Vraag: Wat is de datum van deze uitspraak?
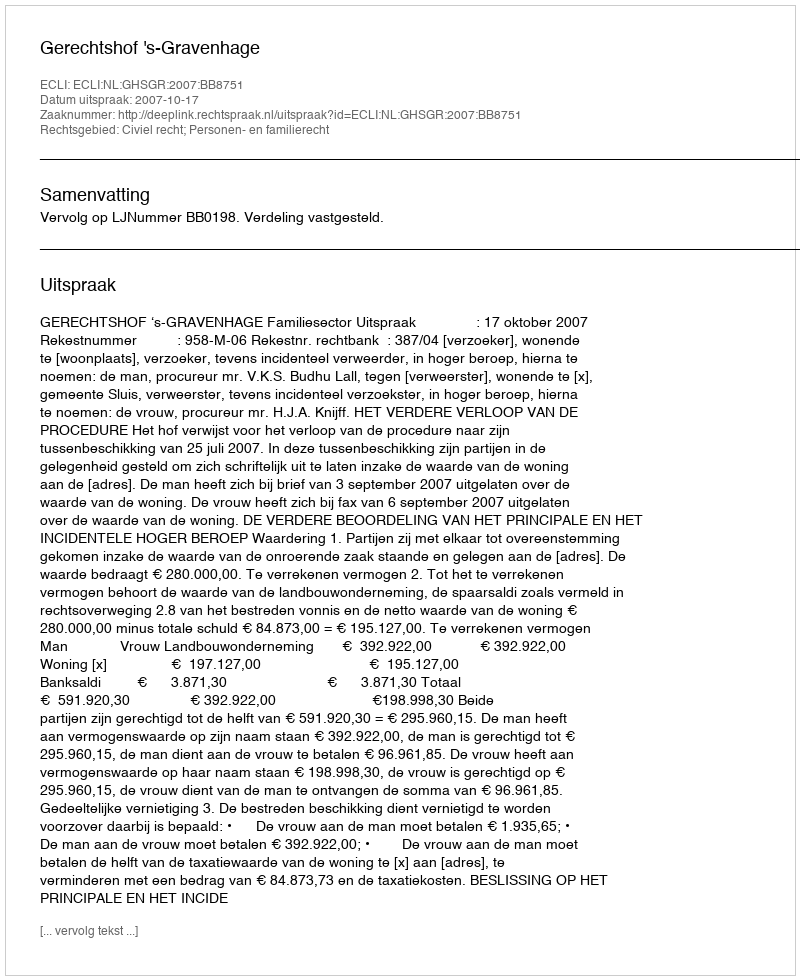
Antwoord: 2007-10-17